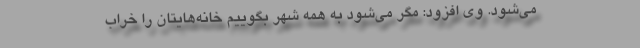
می‌شود. وی افزود: مگر می‌شود به همه شهر بگوییم خانه‌هایتان را خراب